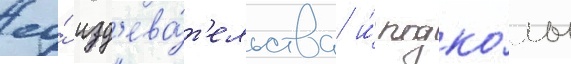
ео́ изд'ева́т'ельства и́ подко́лы